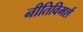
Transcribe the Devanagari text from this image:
नीतिविमर्श